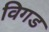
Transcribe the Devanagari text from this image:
विगड